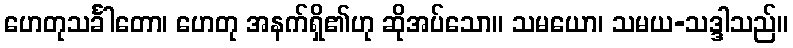
ဟေတုသင်္ခါတော၊ ဟေတု အနက်ရှိ၏ဟု ဆိုအပ်သော။ သမယော၊ သမယ-သဒ္ဒါသည်။